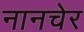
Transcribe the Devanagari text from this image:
नानचेर